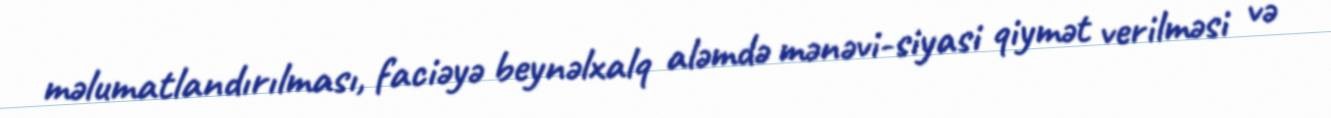
məlumatlandırılması, faciəyə beynəlxalq aləmdə mənəvi-siyasi qiymət verilməsi və